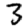
Digit: 3